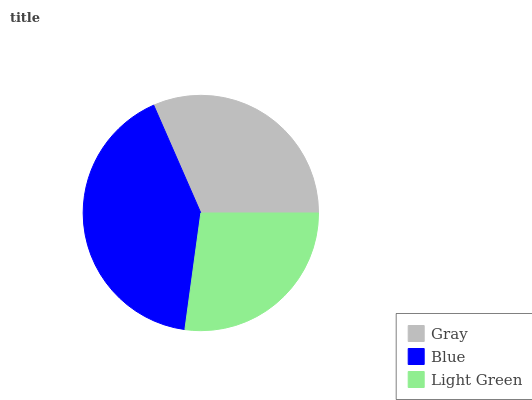
| Gray | Blue | Light Green |
 | --- | --- | --- |
 | 31.5% | 41.2% | 27.2% |